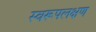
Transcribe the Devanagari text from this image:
स्वरूपलक्षण